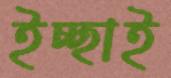
ইচ্ছাই